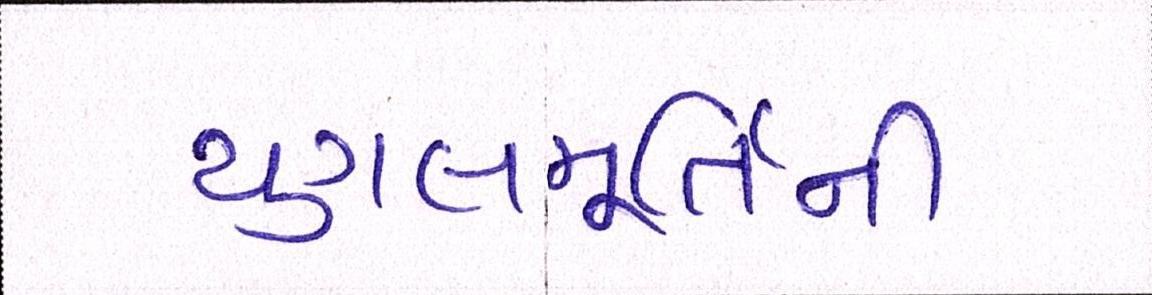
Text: યુગલમૂર્તિની